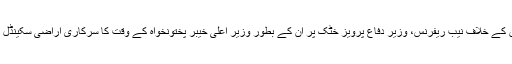
بابر اعوان کے خلاف نیب ریفرنس، وزیر دفاع پرویز خٹک پر ان کے بطور وزیر اعلی خیبر پختونخواہ کے وقت کا سرکاری اراضی سکینڈل کیس ہے۔